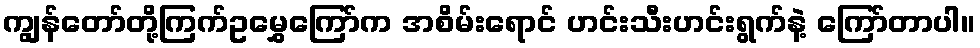
ကျွန်တော်တို့ကြက်ဥမွှေကြော်က အစိမ်းရောင် ဟင်းသီးဟင်းရွက်နဲ့ ကြော်တာပါ။